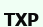
ТХР